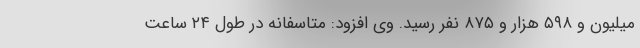
میلیون و ۵۹۸ هزار و ۸۷۵ نفر رسید. وی افزود: متاسفانه در طول ۲۴ ساعت